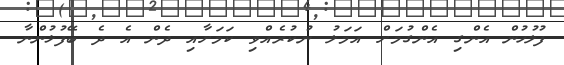
ފުލުހުން އެންގި އެންގުމަށް އަމަލު ނުކުރެއްވި ކަމަށާއި ދެން އެ ދެ ބޭފުޅުންނާ